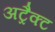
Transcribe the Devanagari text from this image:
अट्रैक्ट